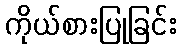
ကိုယ်စားပြုခြင်း